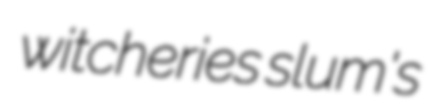
witcheries slum's